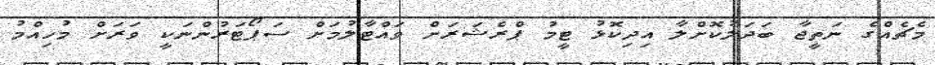
މެޗެއްގެ ނަތީޖާ ބަދަލުކޮށްލާ އިދިކޮޅު ޓީމު ޕްރެޝަރަށް ވައްޓާލުމަށް ސަޕޯޓަރުންނަކީ ވަރަށް މުހިއްމު